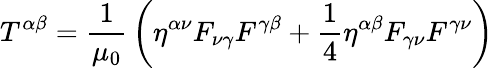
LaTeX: T^{\alpha\beta}={\frac{1}{\mu_{0}}}\left(\eta^{\alpha\nu}F_{\nu\gamma}F^{\gamma\beta}+{\frac{1}{4}}\eta^{\alpha\beta}F_{\gamma\nu}F^{\gamma\nu}\right)